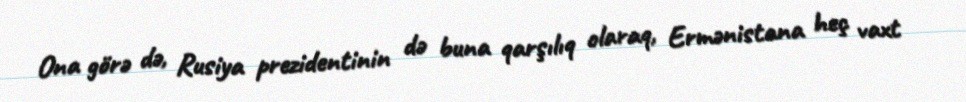
Ona görə də, Rusiya prezidentinin də buna qarşılıq olaraq, Ermənistana heç vaxt